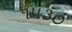
૧૫૩૭